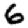
Digit: 6